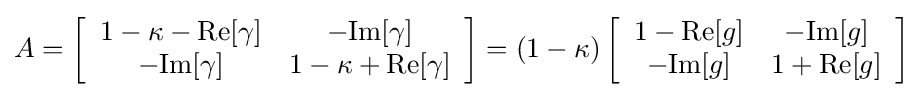
A=\left[{\begin{array}{c c }1-\kappa -\mathrm {Re} [\gamma ]&-\mathrm {Im} [\gamma ]\\-\mathrm {Im} [\gamma ]&1-\kappa +\mathrm {Re} [\gamma ]\end{array}}\right]=(1-\kappa )\left[{\begin{array}{c c }1-\mathrm {Re} [g]&-\mathrm {Im} [g]\\-\mathrm {Im} [g]&1+\mathrm {Re} [g]\end{array}}\right]